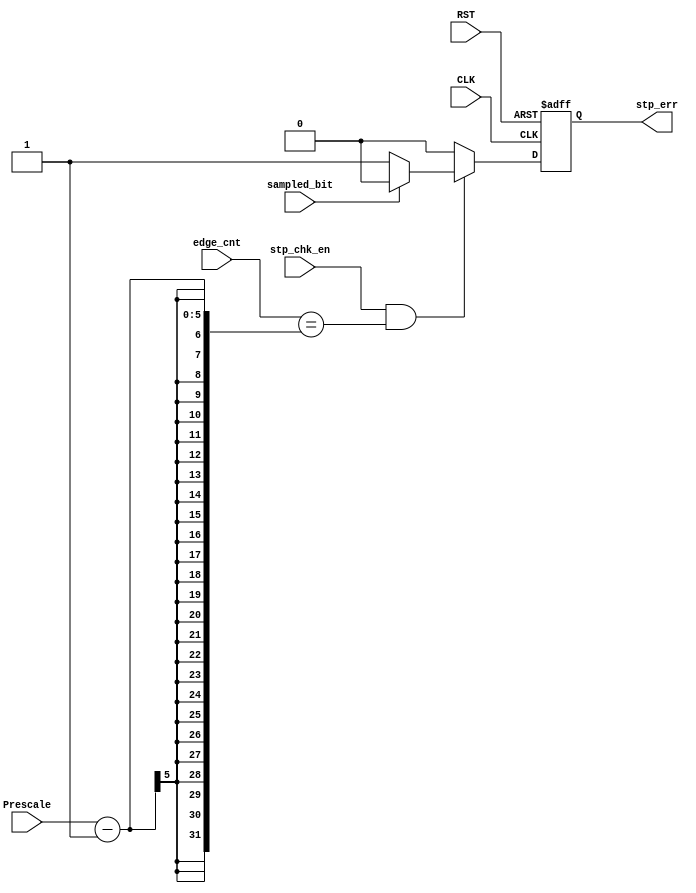
module stop_check#(parameter PRESCALE_BITS=5)(
input  wire sampled_bit,
input  wire stp_chk_en,
input  wire [PRESCALE_BITS-1:0] edge_cnt,
input  wire [PRESCALE_BITS-1:0] Prescale,
input  wire CLK,
input  wire RST,
output reg stp_err);

 always @(posedge CLK or negedge RST)
  begin
   if(!RST)
    begin
     	stp_err<=1'b0;
    end
   else if(stp_chk_en && edge_cnt==Prescale-1)
    begin
	   if(sampled_bit)
   	    begin
		stp_err<=1'b0;
    	    end
   	   else
   	    begin
		stp_err<=1'b1;	
   	    end
    end
   else
    begin
		stp_err<=1'b0;
    end
  end
endmodule